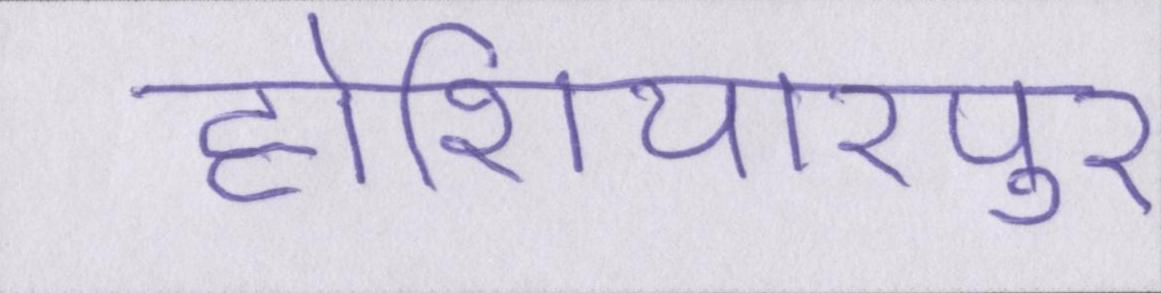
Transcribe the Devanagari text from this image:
होशियारपुर